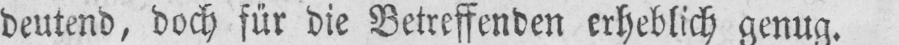
deutend, doch für die Betreffenden erheblich genug.